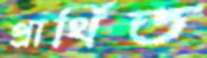
প্রার্থিত